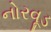
નોરવૂડ